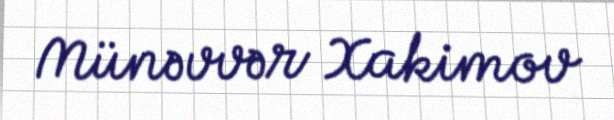
Münəvvər Xakimov